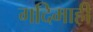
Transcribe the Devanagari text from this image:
गदिमाही